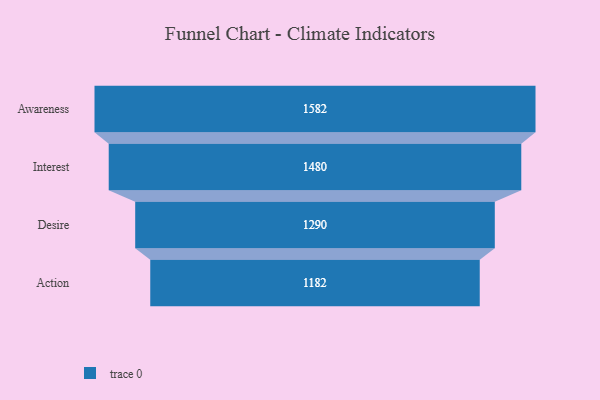
{"axis": {"x": "Stage", "y": "Value"}, "legend": [""], "data": [{"x": "Awareness", "y": 1582.0, "type": ""}, {"x": "Interest", "y": 1480.0, "type": ""}, {"x": "Desire", "y": 1290.0, "type": ""}, {"x": "Action", "y": 1182.0, "type": ""}]}